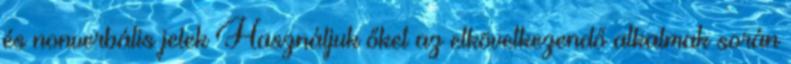
és nonverbális jelek Használjuk őket az elkövetkezendő alkalmak során